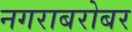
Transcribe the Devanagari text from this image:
नगराबरोबर